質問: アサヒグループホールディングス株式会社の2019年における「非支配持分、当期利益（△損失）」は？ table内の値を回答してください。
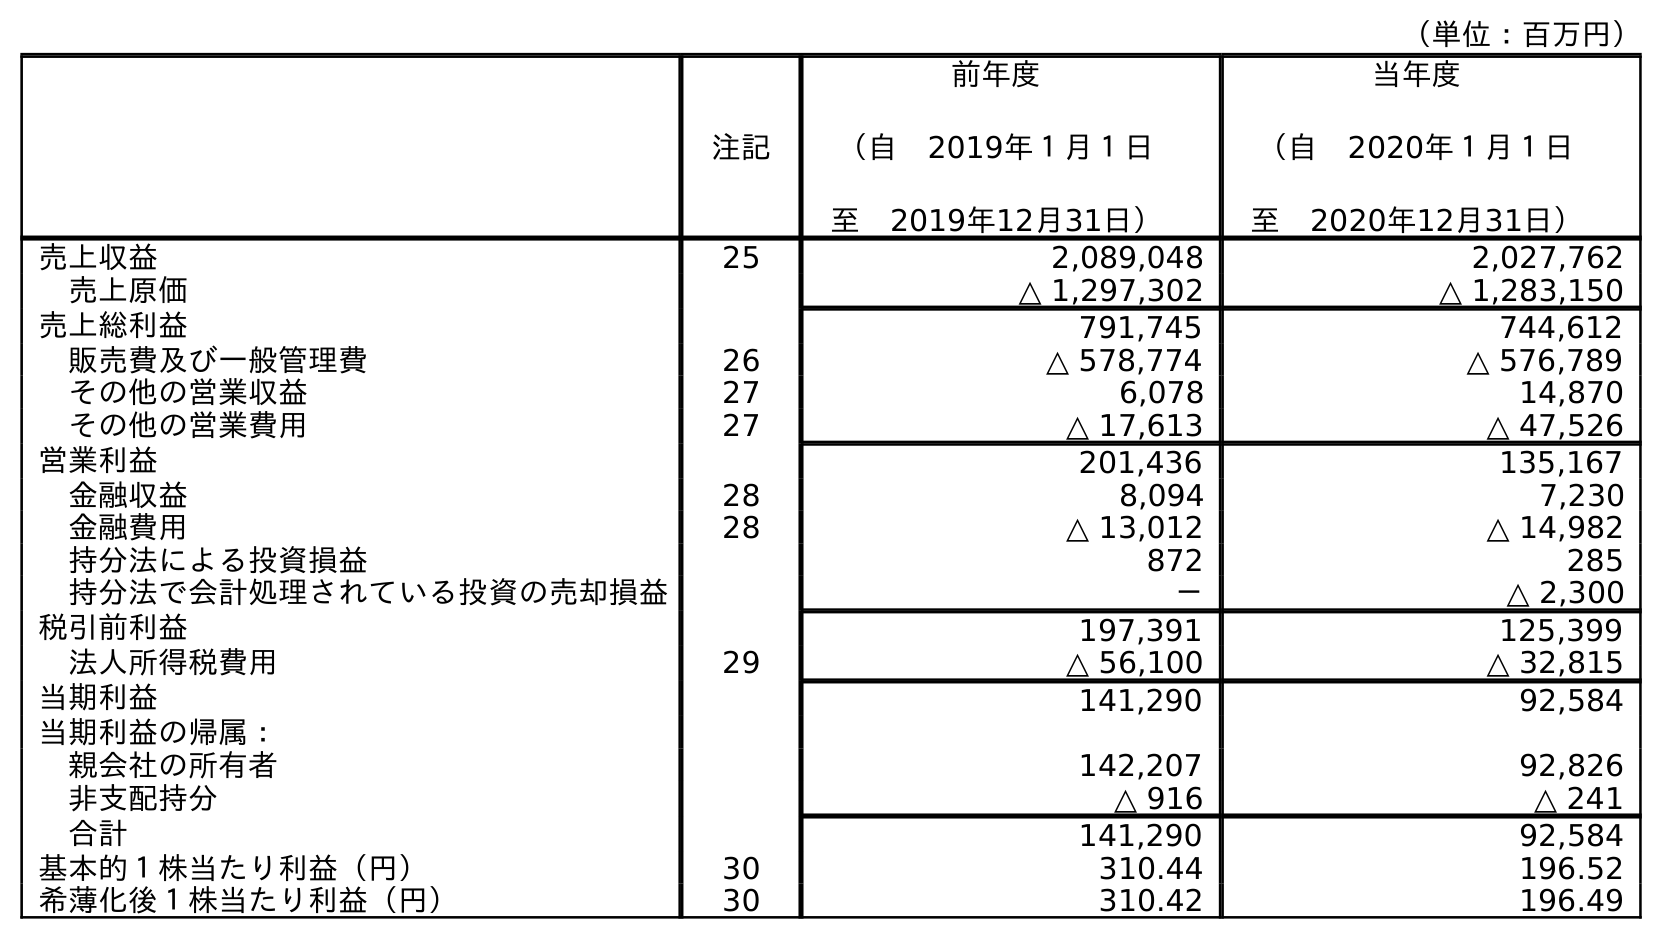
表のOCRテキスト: （単位：百万円） 注記 前年度 （自 2019年１月１日 至 2019年12月31日） 当年度 （自 2020年１月１日 至 2020年12月31日） 売上収益 25 2,089,048 2,027,762 売上原価 △ 1,297,302 △ 1,283,150 売上総利益 791,745 744,612 販売費及び一般管理費 26 △ 578,774 △ 576,789 その他の営業収益 27 6,078 14,870 その他の営業費用 27 △ 17,613 △ 47,526 営業利益 201,436 135,167 金融収益 28 8,094 7,230 金融費用 28 △ 13,012 △ 14,982 持分法による投資損益 872 285 持分法で会計処理されている投資の売却損益 － △ 2,300 税引前利益 197,391 125,399 法人所得税費用 29 △ 56,100 △ 32,815 当期利益 141,290 92,584 当期利益の帰属： 親会社の所有者 142,207 92,826 非支配持分 △ 916 △ 241 合計 141,290 92,584 基本的１株当たり利益（円） 30 310.44 196.52 希薄化後１株当たり利益（円） 30 310.42 196.49
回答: △916